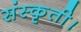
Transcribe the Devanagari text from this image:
संस्कृती।